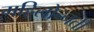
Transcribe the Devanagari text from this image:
महिलोन्नती